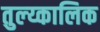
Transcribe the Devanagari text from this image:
तुल्य्कालिक